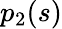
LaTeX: p_{2}(s)